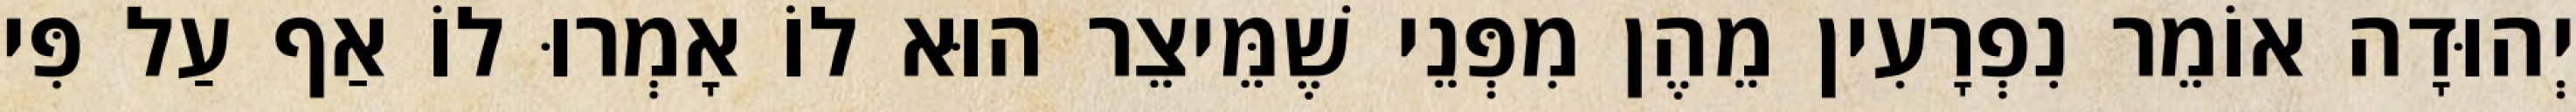
יְהוּדָה אוֹמֵר נִפְרָעִין מֵהֶן מִפְּנֵי שֶׁמֵּיצֵר הוּא לוֹ אָמְרוּ לוֹ אַף עַל פִּי